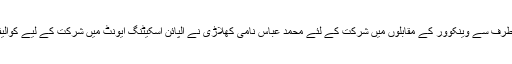
پاکستان کی طرف سے وینکوور کے مقابلوں میں شرکت کے لئے محمد عباس نامی کھلاڑی نے الپائن اسکیٹنگ ایونٹ میں شرکت کے لیے کوالیفائی کیا تھا ۔